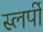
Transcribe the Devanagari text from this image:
स्लर्पी